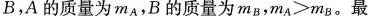
B，A 的质量为 m _ { A }，B 的质量为 $$m _ { B }，m _ { A } > m _ { B }$$。最